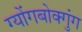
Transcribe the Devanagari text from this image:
ग्योंगबोक्गुंग